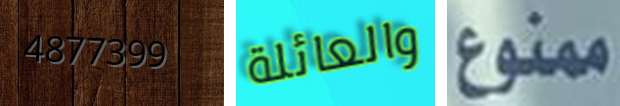
4877399 والعائلة ممنوع